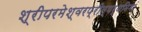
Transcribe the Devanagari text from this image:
श्रीपरमेश्वरप्रीत्यर्थमिमां